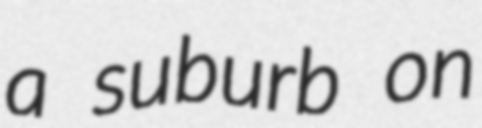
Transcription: a suburb on